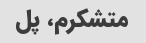
متشکرم، پل